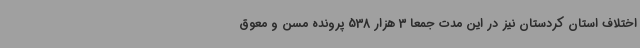
اختلاف استان کردستان نیز در این مدت جمعا 3 هزار 538 پرونده مسن و معوق